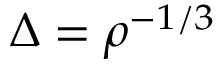
\Delta = \rho ^ { - 1 / 3 }